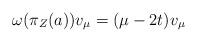
LaTeX: \begin{align*} \omega(\pi_Z(a))v_\mu =(\mu-2t)v_\mu\end{align*}